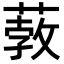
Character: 𦸦